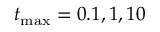
t _ { \operatorname* { m a x } } = 0 . 1 , 1 , 1 0